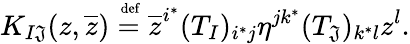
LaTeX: K_{I\mathfrak{J}}(z,\overline{{{z}}})\stackrel{\mathrm{{\scriptsize~def}}}{=}\overline{{{z}}}^{i^{*}}(T_{I})_{i^{*}j}\eta^{jk^{*}}(T_{\mathfrak{J}})_{k^{*}l}z^{l}.